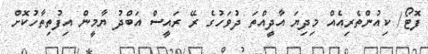
ފޮޓޯ/ ކިއުންތެރިއެއް މިދިޔަ އާދީއްތަ ދުވަހުގެ ރޭ ރައީސް އަބްދު ޔާމީން އިފުތިތާހުކޮށް